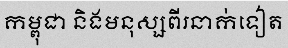
កម្ពុជា និងមនុស្សពីរនាក់ទៀត